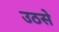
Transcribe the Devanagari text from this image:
उठसे